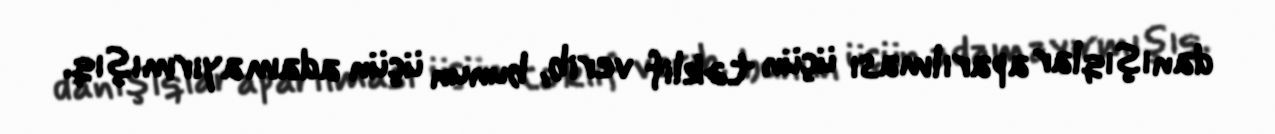
danışıqlar aparılması üçün təklif verib, bunun üçün adam ayırmışıq.